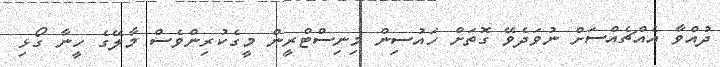
ދުއްވާ އެއްޗެއްސަށް ނުވަދެވޭ ގޮތަށް ހައުސިން މިނިސްޓްރީން މީގެކުރިންވެސް މާލޭގެ ހީނާ ގޯޅި